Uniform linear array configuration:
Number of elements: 12
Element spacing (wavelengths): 0.75
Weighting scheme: hann
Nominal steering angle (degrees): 15
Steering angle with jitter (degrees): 16.756
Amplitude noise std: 0.05
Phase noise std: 0.05

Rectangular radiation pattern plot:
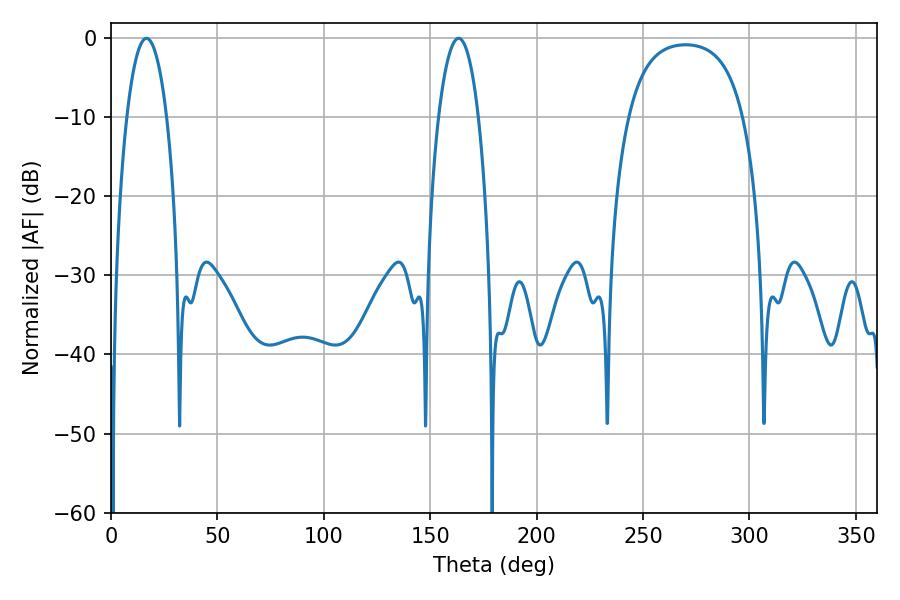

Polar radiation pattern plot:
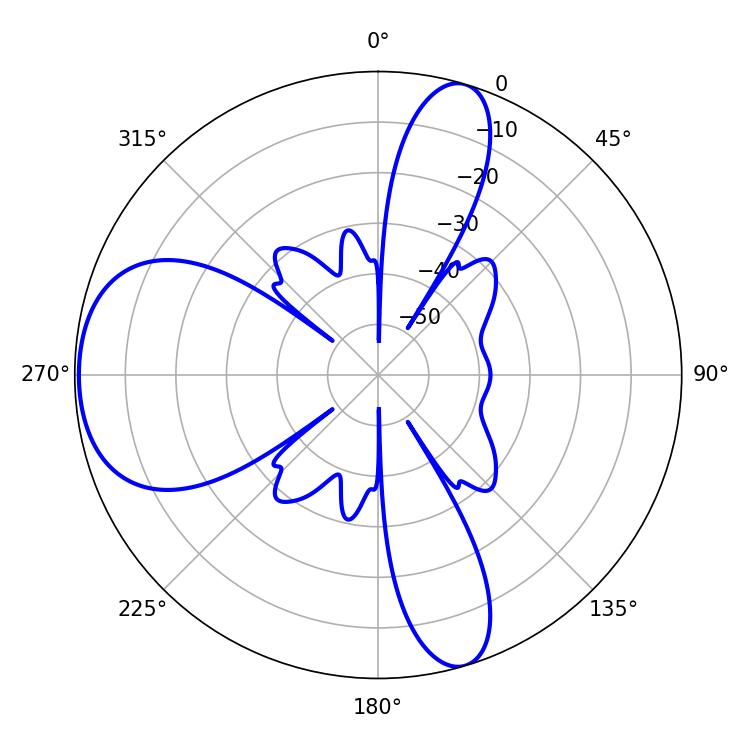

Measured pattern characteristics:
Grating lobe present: TRUE
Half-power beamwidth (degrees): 10.44
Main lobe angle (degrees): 16.74